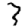
Digit: 3